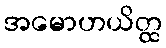
အမောဟယိတ္ထ